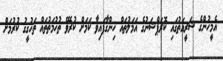
އެމީހުންގެ ޝަރީއަތުގައި ކޮރަޕްޝަނުގެ އަމަލުތައް ހިންގާފައިވާ ކަމަށް ކުރެވޭ ތުހުމަތުތައް ތަހުގީގު ކުރުމަށް